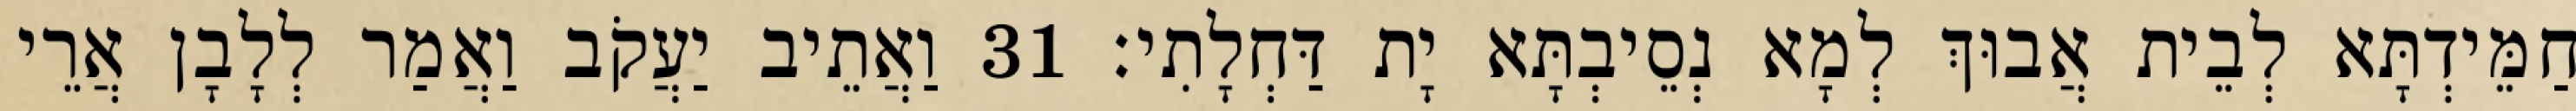
חַמֵּידְתָּא לְבֵית אֲבוּךְ לְמָא נְסֵיבְתָּא יָת דַּחְלָתִי׃ 31 וַאֲתֵיב יַעֲקֹב וַאֲמַר לְלָבָן אֲרֵי